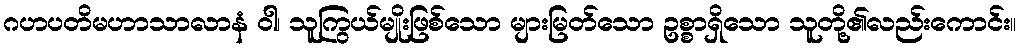
ဂဟပတိမဟာသာလာနံ ဝါ၊ သူကြွယ်မျိုးဖြစ်သော များမြတ်သော ဥစ္စာရှိသော သူတို့၏လည်းကောင်း။